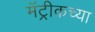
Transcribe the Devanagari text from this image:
मॅट्रीकच्या